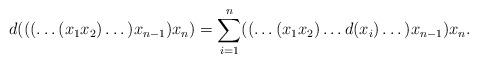
LaTeX: \begin{align*}d(((\dots(x_1x_2) \dots )x_{n-1})x_n)=\sum\limits_{i=1}^n ((\dots(x_1x_2) \dots d(x_i) \dots )x_{n-1})x_n.\end{align*}